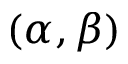
( \alpha , \beta )